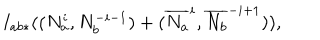
I _ { a b * } ( ( N _ { a } ^ { i } , N _ { b } ^ { - i - 1 } ) + ( \overline { { { N _ { a } } } } ^ { i } , \overline { { { N _ { b } } } } ^ { - i + 1 } ) ) ,